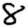
Digit: 8